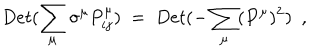
D e t ( \sum _ { \mu } \sigma ^ { \mu } P _ { i j } ^ { \mu } ) ~ = ~ D e t ( - \sum _ { \mu } ( P ^ { \mu } ) ^ { 2 } ) ~ ~ ,